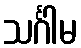
သင်္ဂါမ